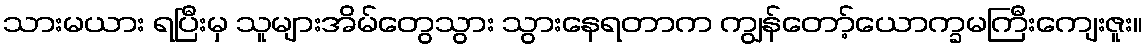
သားမယား ရပြီးမှ သူများအိမ်တွေသွား သွားနေရတာက ကျွန်တော့်ယောက္ခမကြီးကျေးဇူး။